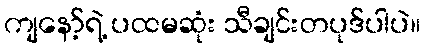
ကျနော့်ရဲ့ ပထမဆုံး သီချင်းတပုဒ်ပါပဲ။